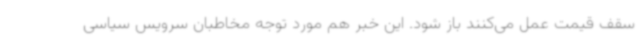
سقف قیمت عمل می‌کنند باز شود. این خبر هم مورد توجه مخاطبان سرویس سیاسی